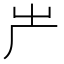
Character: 𠨲